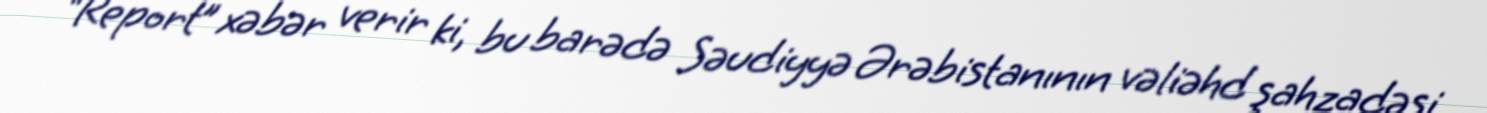
“Report” xəbər verir ki, bu barədə Səudiyyə Ərəbistanının vəliəhd şahzadəsi